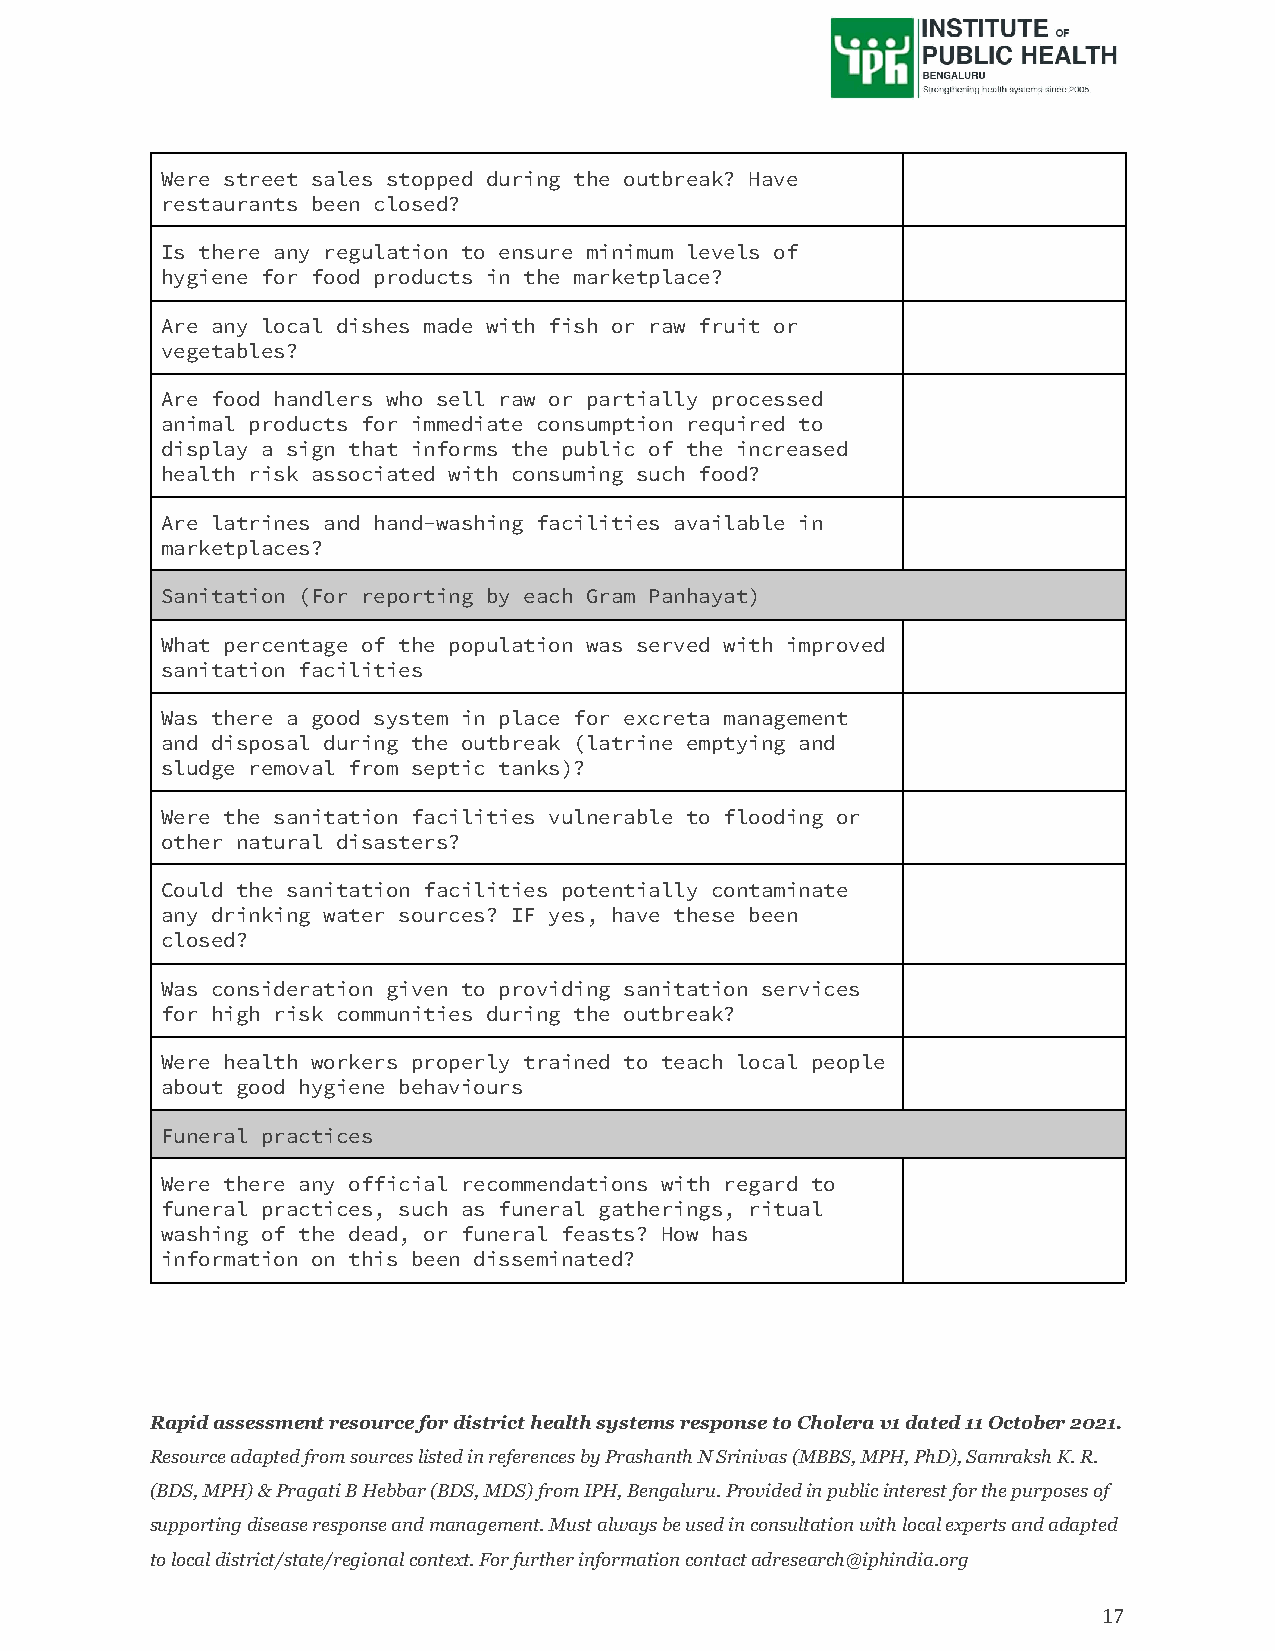
Were street sales stopped during the outbreak? Have
 restaurants been closed?
 Is there any regulation to ensure minimum levels of
 hygiene for food products in the marketplace?
 Are any local dishes made with fish or raw fruit or
 vegetables?
 Are food handlers who sell raw or partially processed
 animal products for immediate consumption required to
 display a sign that informs the public of the increased
 health risk associated with consuming such food?
 Are latrines and hand-washing facilities available in
 marketplaces?
 Sanitation (For reporting by each Gram Panhayat)
 What percentage of the population was served with improved
 sanitation facilities
 Was there a good system in place for excreta management
 and disposal during the outbreak (latrine emptying and
 sludge removal from septic tanks)?
 Were the sanitation facilities vulnerable to flooding or
 other natural disasters?
 Could the sanitation facilities potentially contaminate
 any drinking water sources? IF yes, have these been
 closed?
 Was consideration given to providing sanitation services
 for high risk communities during the outbreak?
 Were health workers properly trained to teach local people
 about good hygiene behaviours
 Funeral practices
 Were there any official recommendations with regard to
 funeral practices, such as funeral gatherings, ritual
 washing of the dead, or funeral feasts? How has
 information on this been disseminated?
 Rapid assessment resource for district health systems response to Cholera v1 dated 11 October 2021.
 Resource adapted from sources listed in references by Prashanth N Srinivas (MBBS, MPH, PhD), Samraksh K. R.
 (BDS, MPH) & Pragati B Hebbar (BDS, MDS) from IPH, Bengaluru. Provided in public interest for the purposes of
 supporting disease response and management. Must always be used in consultation with local experts and adapted
 to local district/state/regional context. For further information contact adresearch@iphindia.org
 17